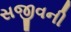
સજીવની